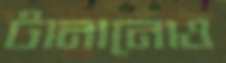
টানানোও